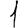
Digit: 1